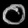
Digit: ၀